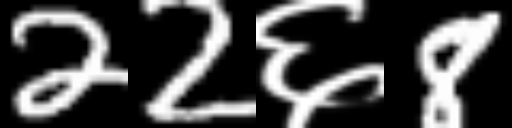
Text: 22६8